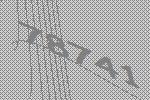
78741